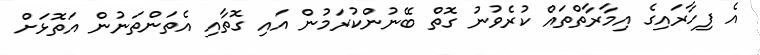
އެ ފިހާރައިގެ އިމާރާތްތައް ކުރެވުނު ގޮތް ބޭނުންކުރަމުން އައި ގޮތާއި އެތަންތަނުން އަތޮޅަށް